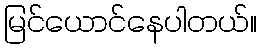
မြင်ယောင်နေပါတယ်။